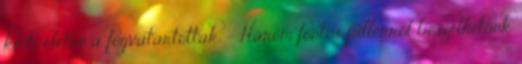
kinti életre a fogvatartottak. – Három fontos pillérről beszélhetünk